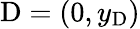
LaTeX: \mathrm{D}=(0,y_{\mathrm{D}})